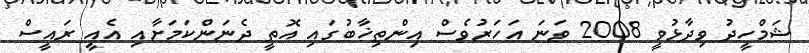
ޝަމްހީދު ވިދާޅުވީ 2008 ވަނަ އަހަރުވެސް އިންތިޚާބުގައި އޮތީ ދެނަންކަމަށާއި އެއީ ރައީސް